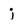
Character: j